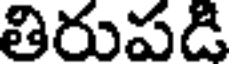
తిరుపడి